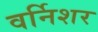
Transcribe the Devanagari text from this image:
वर्निशर